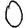
Digit: 0